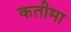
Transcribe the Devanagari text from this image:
कतीमा